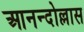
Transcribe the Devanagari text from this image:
आनन्दोल्लास